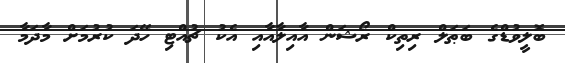
ބޮލީވުޑްގެ ބަޠަލް ރިތިކް ރޯޝަން އާއިލާއާއި އެކު ޗުއްޓި ހޭދަ ކުރުމަށް މާދަމާ